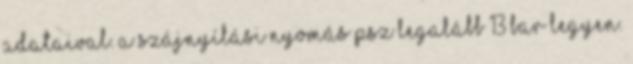
adataival. A szájnyílási nyomás Psz legalább 13 bar legyen.